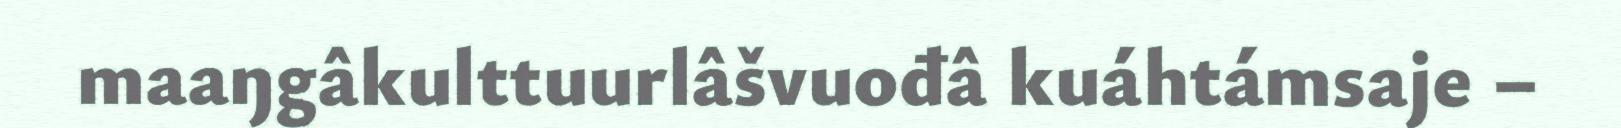
maaŋgâkulttuurlâšvuođâ kuáhtámsaje –